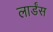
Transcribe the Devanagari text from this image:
लार्डंस